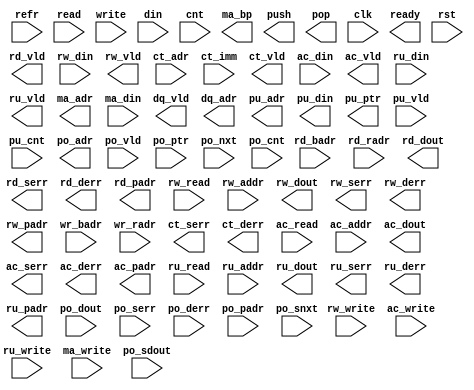
module algo_mrnw_ref (refr,  
                         read, rd_badr, rd_radr, rd_vld, rd_dout, rd_serr, rd_derr, rd_padr,
                         rw_read, rw_write, rw_addr, rw_din, rw_vld, rw_dout, rw_serr, rw_derr, rw_padr,
                         write, wr_badr, wr_radr, din, 
                         cnt, ct_adr, ct_imm, ct_vld, ct_serr, ct_derr,
                         ac_read, ac_write, ac_addr, ac_din, ac_vld, ac_dout, ac_serr, ac_derr, ac_padr,
                         ru_read, ru_write, ru_addr, ru_din, ru_vld, ru_dout, ru_serr, ru_derr, ru_padr,
                         ma_write, ma_adr, ma_bp, ma_din, dq_vld, dq_adr,
                         push, pu_adr, pu_din, pu_ptr, pu_vld, pu_cnt,
                         pop, po_adr, po_vld, po_dout, po_serr, po_derr, po_padr, po_ptr, po_nxt, po_cnt, po_snxt, po_sdout,
                         clk, ready, rst);

  parameter WIDTH = 4;
  parameter WRBUSRED = 4;
  parameter NUMADDR = 16;
  parameter BITADDR = 4;
  parameter NUMRDPT = 2;
  parameter NUMRWPT = 0;
  parameter NUMWRPT = 1;
  parameter NUMCTPT = 0;
  parameter NUMACPT = 0;
  parameter NUMRUPT = 0;
  parameter NUMMAPT = 0;
  parameter NUMDQPT = 0;
  parameter NUMPUPT = 0;
  parameter NUMPOPT = 0;
  parameter NUMXMPT = 0;  
  parameter NUMXSPT = 0;  
  parameter NUMSEPT = 0; 
  parameter NUMHUPT = 0;  
  parameter NUMVBNK1 = 4;
  parameter BITVBNK1 = 2;
  parameter BITPBNK1 = 3;
  parameter NUMVROW1 = 4;
  parameter BITVROW1 = 2;
  parameter NUMVBNK2 = 1;
  parameter BITVBNK2 = 0;
  parameter BITPBNK2 = 0;
  parameter NUMVROW2 = NUMVROW1;
  parameter BITVROW2 = BITVROW1;
  parameter NUMVBNK3 = 1;
  parameter BITVBNK3 = 0;
  parameter BITPBNK3 = 0;
  parameter NUMVROW3 = NUMVROW2;
  parameter BITVROW3 = BITVROW2;
  parameter NUMWRDS = 1;
  parameter BITWRDS = 0;
  parameter NUMSROW = NUMVROW3;
  parameter BITSROW = BITVROW3;
  parameter BITPADR = 5;
  parameter BITEROR = BITPADR-BITSROW-1;
  parameter NUMEROR = 1 << BITEROR;
  parameter MODEROR = 0; // 0 for no error protection; 1 for parity mode; 2 for ECC mode
  parameter BITPADRX = (NUMVBNK1 == 1) ? (BITPADR - 1) : (BITPADR - 2);

  parameter DEPTH = 32;
  parameter NUMCELL = 8;
  parameter BITCELL = 3;
  parameter NUMQUEU = DEPTH/80;
  parameter BITQUEU = BITADDR-BITCELL;
  parameter NUMSCNT = 2;
  parameter CNTWDTH = WIDTH/NUMSCNT;

  parameter MEM_DELAY = 1;
  parameter UPD_DELAY = 1;

  input                        refr;

  input [NUMRDPT-1:0]          read;
  input [NUMRDPT*BITVBNK1-1:0]  rd_badr;
  input [NUMRDPT*BITVROW1-1:0]  rd_radr;
  output [NUMRDPT-1:0]         rd_vld;
  output [NUMRDPT*WIDTH-1:0]   rd_dout;
  output [NUMRDPT-1:0]         rd_serr;
  output [NUMRDPT-1:0]         rd_derr;
  output [NUMRDPT*BITPADR-1:0] rd_padr;

  input [NUMRWPT-1:0]          rw_read;
  input [NUMRWPT-1:0]          rw_write;
  input [NUMRWPT*BITADDR-1:0]  rw_addr;
  input [NUMRWPT*WIDTH-1:0]    rw_din;
  output [NUMRWPT-1:0]         rw_vld;
  output [NUMRWPT*WIDTH-1:0]   rw_dout;
  output [NUMRWPT-1:0]         rw_serr;
  output [NUMRWPT-1:0]         rw_derr;
  output [NUMRWPT*BITPADR-1:0] rw_padr;

  input [NUMWRPT-1:0]          write;
  input [NUMWRPT*BITVBNK1-1:0]  wr_badr;
  input [NUMWRPT*BITVROW1-1:0]  wr_radr;
  input [(4+16/WRBUSRED)*WIDTH-1:0]    din;

  input [NUMCTPT-1:0]          cnt;
  input [NUMCTPT*BITADDR-1:0]  ct_adr;
  input [NUMCTPT*WIDTH-1:0]    ct_imm;
  output [NUMCTPT-1:0]         ct_vld;
  output [NUMCTPT-1:0]         ct_serr;
  output [NUMCTPT-1:0]         ct_derr;
 
  input [NUMACPT-1:0]          ac_read;
  input [NUMACPT-1:0]          ac_write;
  input [NUMACPT*BITADDR-1:0]  ac_addr;
  input [NUMACPT*WIDTH-1:0]    ac_din;
  output [NUMACPT-1:0]         ac_vld;
  output [NUMACPT*WIDTH-1:0]   ac_dout; 
  output [NUMACPT-1:0]         ac_serr;
  output [NUMACPT-1:0]         ac_derr;
  output [NUMACPT*BITPADR-1:0] ac_padr;

  input [NUMRUPT-1:0]          ru_read;
  input [NUMRUPT-1:0]          ru_write;
  input [NUMRUPT*BITADDR-1:0]  ru_addr;
  input [NUMRUPT*WIDTH-1:0]    ru_din;
  output [NUMRUPT-1:0]         ru_vld;
  output [NUMRUPT*WIDTH-1:0]   ru_dout; 
  output [NUMRUPT-1:0]         ru_serr;
  output [NUMRUPT-1:0]         ru_derr;
  output [NUMRUPT*BITPADR-1:0] ru_padr;

  input [NUMMAPT-1:0]          ma_write;
  output [NUMMAPT*BITADDR-1:0] ma_adr;
  output [NUMMAPT-1:0]         ma_bp;
  input [NUMMAPT*WIDTH-1:0]    ma_din;

  output [NUMDQPT-1:0]         dq_vld;
  output [NUMDQPT*BITADDR-1:0] dq_adr;

  output [NUMPUPT-1:0]         push;
  output [NUMPUPT*BITQUEU-1:0] pu_adr;
  output [NUMPUPT*BITADDR-1:0] pu_ptr; 
  output [NUMPUPT*WIDTH-1:0]   pu_din; 
  input [NUMPUPT-1:0]          pu_vld;
  input [NUMPUPT*(BITADDR+1)-1:0]    pu_cnt; 
  
  output [NUMPOPT-1:0]         pop;
  output [NUMPOPT*BITQUEU-1:0] po_adr;
  input [NUMPOPT-1:0]          po_vld;
  input [NUMPOPT*BITADDR-1:0]  po_ptr; 
  input [NUMPOPT*BITADDR-1:0]  po_nxt; 
  input [NUMPOPT*WIDTH-1:0]    po_dout; 
  input [NUMPOPT-1:0]          po_serr;
  input [NUMPOPT-1:0]          po_derr;
  input [NUMPOPT*BITPADR-1:0]  po_padr;
  input [NUMPOPT*(BITADDR+1)-1:0]    po_cnt; 
  input [NUMPOPT*BITADDR-1:0]  po_snxt; 
  input [NUMPOPT*WIDTH-1:0]    po_sdout; 

  input                        clk;
  input                        rst;
  output                       ready;

// synopsys translate_off
// translate_off
  reg               read_wire [0:NUMRDPT-1];
  reg [BITVBNK1-1:0] rd_badr_wire [0:NUMRDPT-1];
  reg [BITVROW1-1:0] rd_radr_wire [0:NUMRDPT-1];
  reg               write_wire [0:NUMWRPT-1];
  reg [BITVBNK1-1:0] wr_badr_wire [0:NUMWRPT-1];
  reg [BITVROW1-1:0] wr_radr_wire [0:NUMWRPT-1];
  reg [WIDTH-1:0]   din_wire [0:(4+16/WRBUSRED)-1];

  genvar prt_var;
  generate if (1) begin: prt_loop
    for (prt_var=0; prt_var<NUMRDPT; prt_var=prt_var+1) begin: rd_loop
      assign read_wire[prt_var] = read >> prt_var;
      assign rd_badr_wire[prt_var] = rd_badr >> (prt_var*BITVBNK1);
      assign rd_radr_wire[prt_var] = rd_radr >> (prt_var*BITVROW1);
    end
    for (prt_var=0; prt_var<NUMWRPT; prt_var=prt_var+1) begin: wr_loop
      assign write_wire[prt_var] = write >> prt_var;
      assign wr_badr_wire[prt_var] = wr_badr >> (prt_var*BITVBNK1);
      assign wr_radr_wire[prt_var] = wr_radr >> (prt_var*BITVROW1);
    end
  end
  endgenerate

  genvar pwrp_int;
  generate
    for (pwrp_int=0; pwrp_int<4+16/WRBUSRED; pwrp_int=pwrp_int+1) begin
      assign din_wire[pwrp_int] = din >> ((pwrp_int)*WIDTH);
    end
  endgenerate

  reg [WIDTH-1 :0] mem[NUMVBNK1-1:0][NUMVROW1-1:0];

  // on write, clear error (if exists) on that bank and the extra bank
  integer wr_int;
  always @(posedge clk) begin
    for (wr_int=0; wr_int<NUMWRPT; wr_int=wr_int+1)
      if (write_wire[wr_int]) begin
       if (wr_int < 4) begin
             mem[wr_badr_wire[wr_int]][wr_radr_wire[wr_int]] <= din_wire[wr_int];
          end else begin
             mem[wr_badr_wire[wr_int]][wr_radr_wire[wr_int]] <= din_wire[4 + (wr_int-4)/WRBUSRED];
          end
      end
  end

  // output pipeline
  reg               rd_vld_reg [0:NUMRDPT-1][0:MEM_DELAY-1];
  reg [WIDTH-1:0]   rd_dout_reg [0:NUMRDPT-1][0:MEM_DELAY-1];

  integer rd_int, del_int;
  always @(posedge clk) begin
    for (del_int=0; del_int<MEM_DELAY; del_int=del_int+1) begin
      for (rd_int=0; rd_int<NUMRDPT; rd_int=rd_int+1)
        if (del_int>0) begin
          rd_vld_reg[rd_int][del_int] <= rd_vld_reg[rd_int][del_int-1];
          rd_dout_reg[rd_int][del_int] <= rd_dout_reg[rd_int][del_int-1];
        end else begin
          rd_vld_reg[rd_int][del_int] <= read_wire[rd_int];
          rd_dout_reg[rd_int][del_int] <= mem[rd_badr_wire[rd_int]][rd_radr_wire[rd_int]];
        end
    end
end

  reg [NUMRDPT-1:0]         rd_vld;
  reg [NUMRDPT*WIDTH-1:0]   rd_dout;
  reg [NUMRDPT-1:0]         rd_serr;
  reg [NUMRDPT-1:0]         rd_derr;
  reg [NUMRDPT*BITPADR-1:0] rd_padr;

  integer out_int;
  always_comb begin
    rd_vld = 0;
    rd_dout = 0;
    rd_serr = 0;
    rd_derr = 0;
    rd_padr = 0;
    for (out_int=0; out_int<NUMRDPT; out_int=out_int+1) begin
      rd_vld = rd_vld | (rd_vld_reg[out_int][MEM_DELAY-1] << out_int);
      rd_dout = rd_dout | (rd_dout_reg[out_int][MEM_DELAY-1] << (out_int*WIDTH));
    end
  end

  reg ready;
  always @(posedge clk)
    ready <= !rst;
// synopsys translate_on
// translate_on

endmodule